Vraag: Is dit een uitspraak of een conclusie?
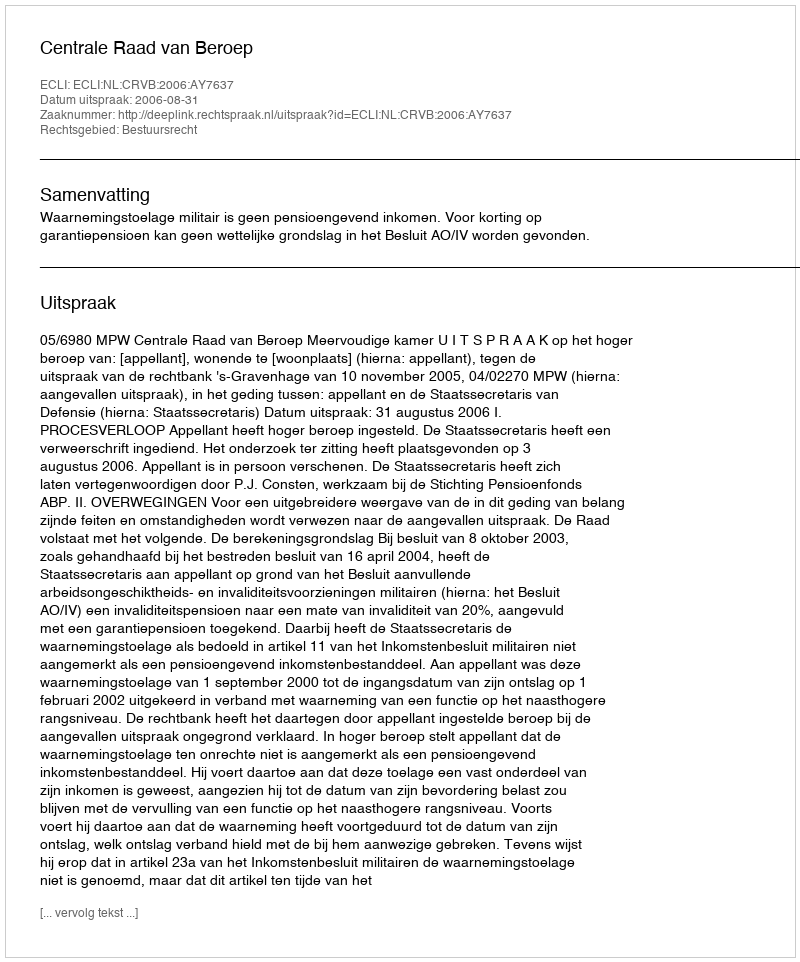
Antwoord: Uitspraak